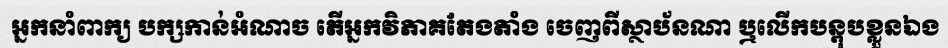
អ្នកនាំពាក្យ បក្សកាន់អំណាច តើអ្នកវិភាគតែងតាំង ចេញពីស្ថាប័នណា ឬលើកបន្តុបខ្លួនឯង